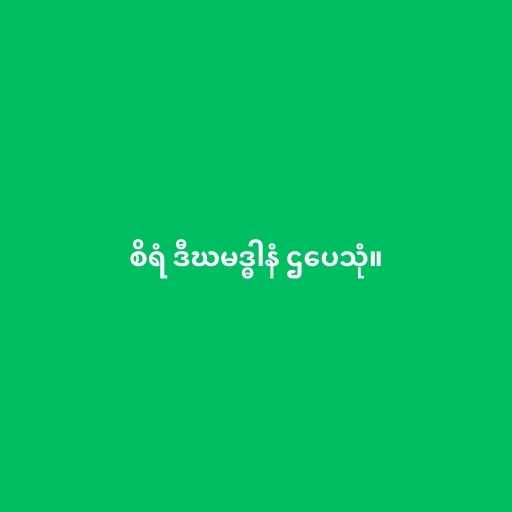
စိရံ ဒီဃမဒ္ဓါနံ ဌပေသုံ။